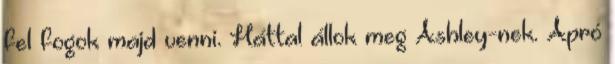
fel fogok majd venni. Háttal állok meg Ashley-nek. Apró